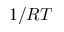
1 / R T